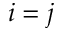
i = j